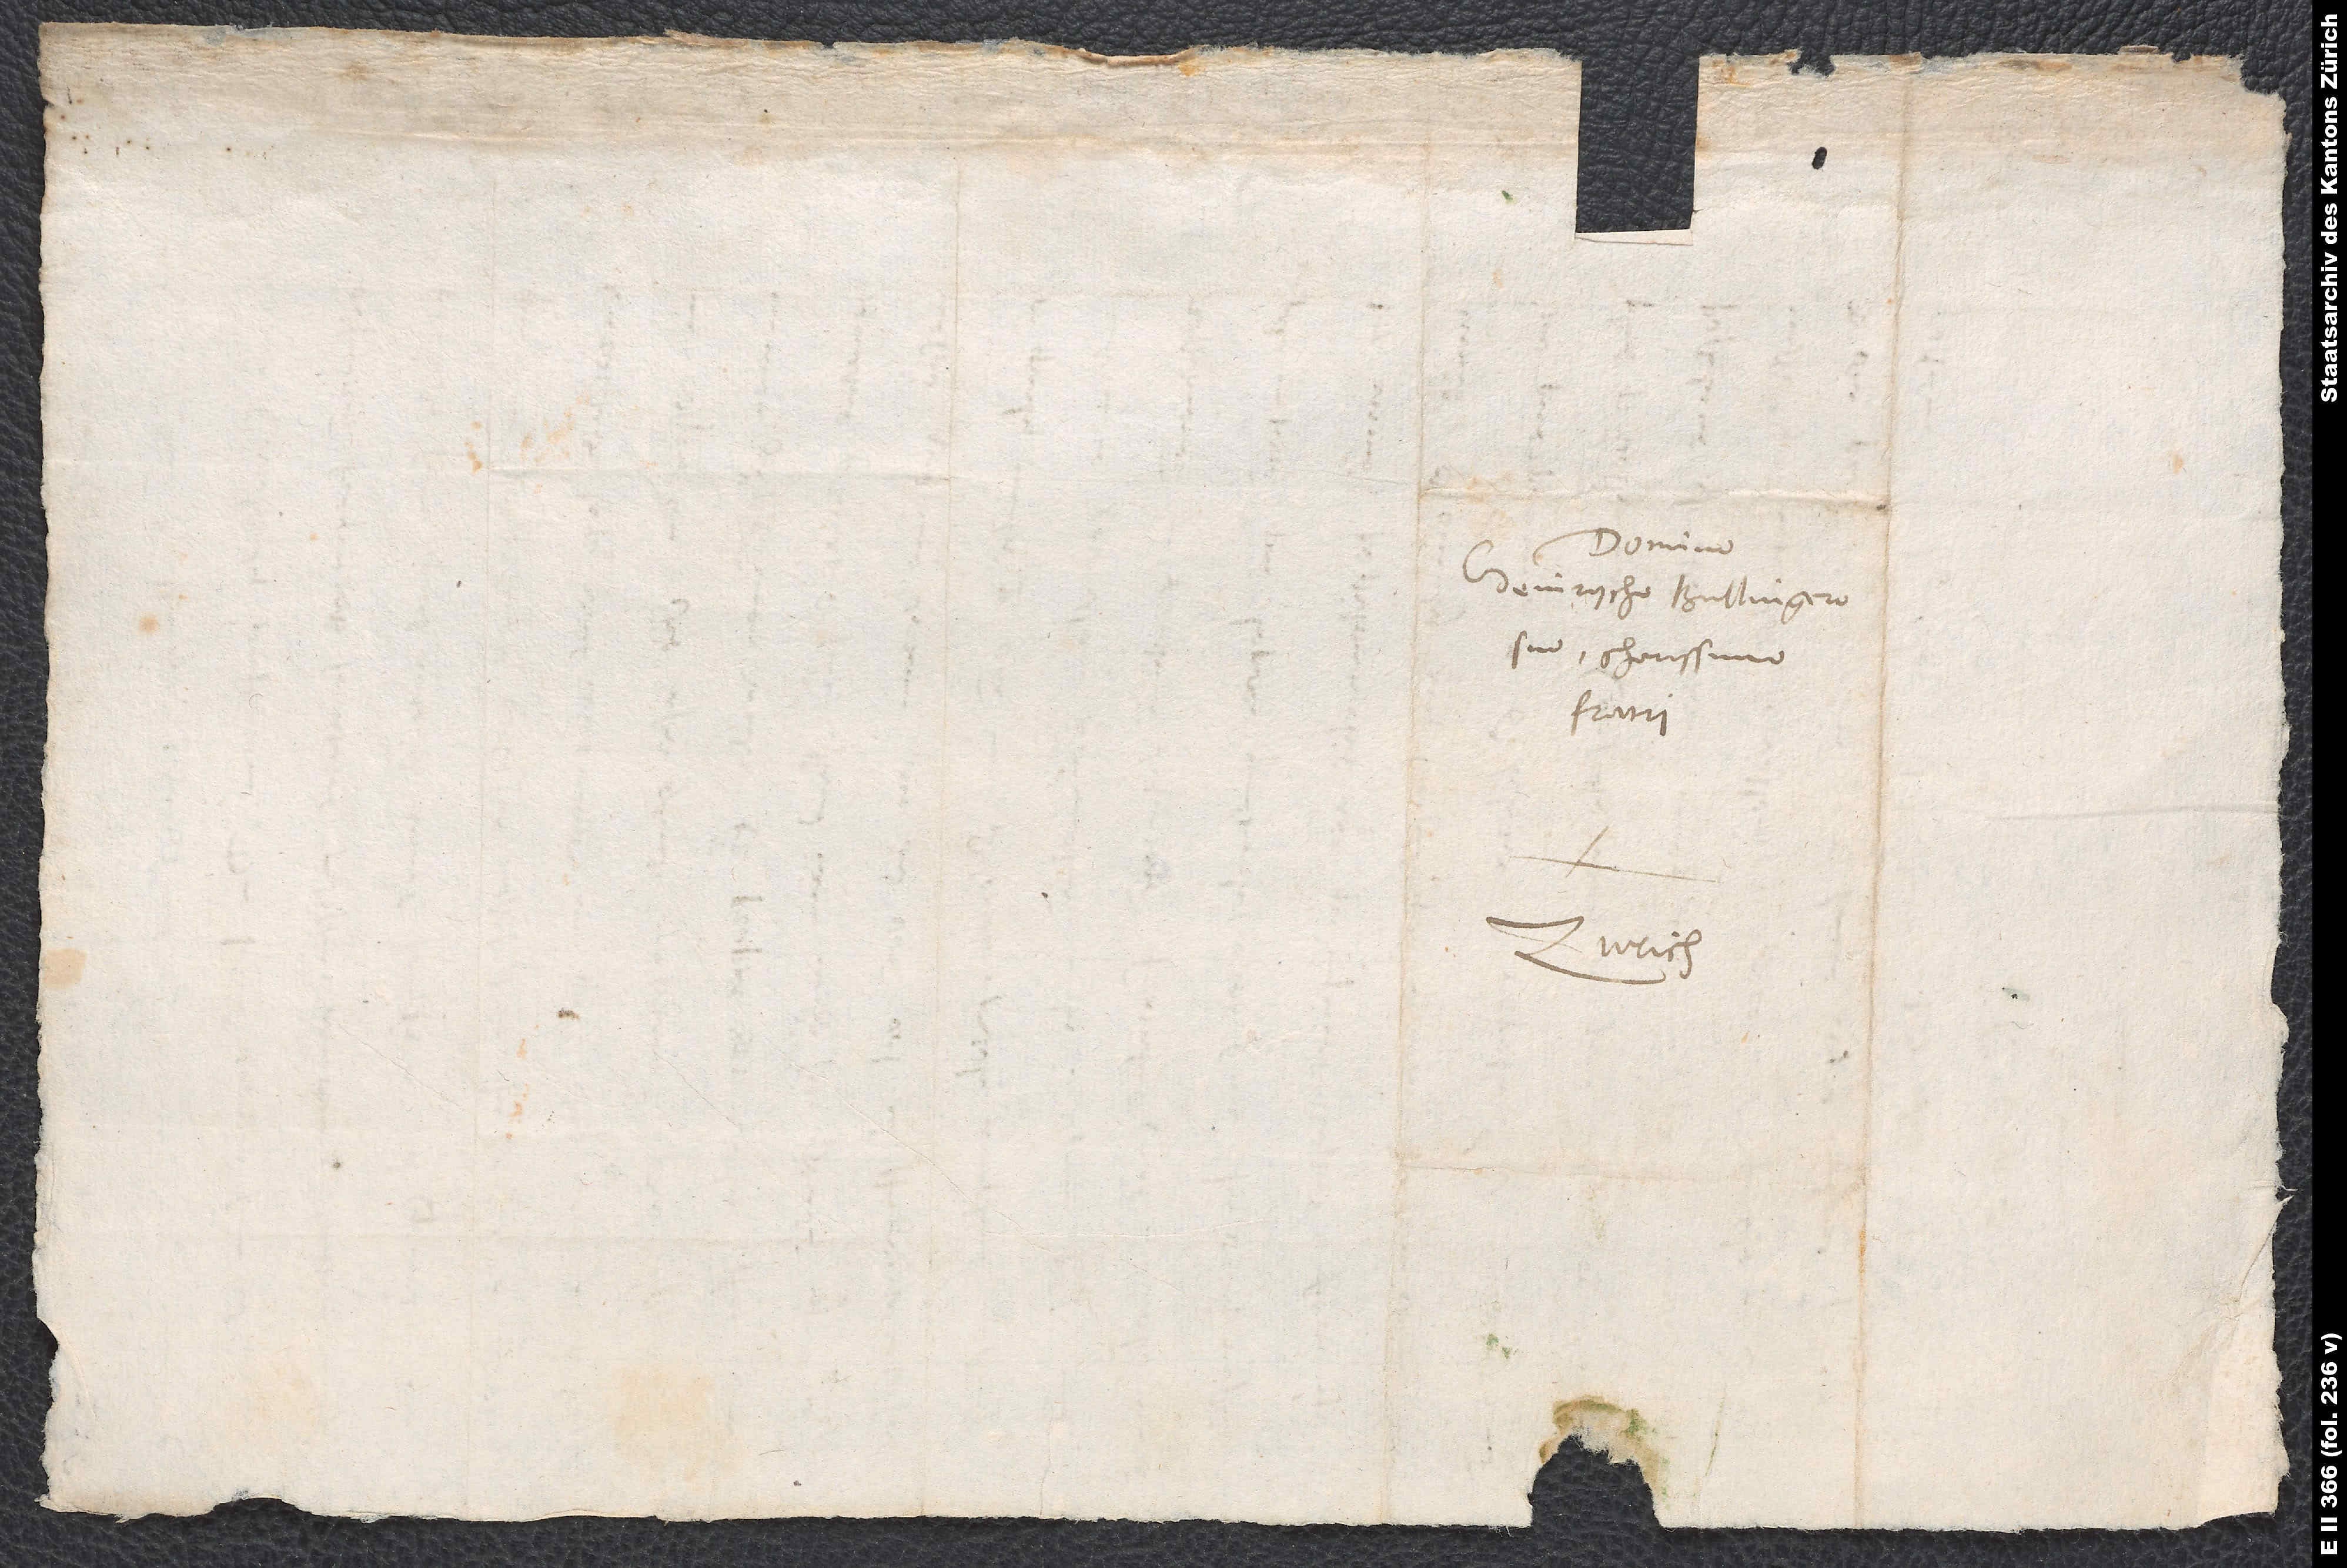
Heinrycho Bullingero,
suo charissimo
fratri.
Zurich.